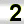
Digit: 2